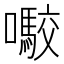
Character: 㘐